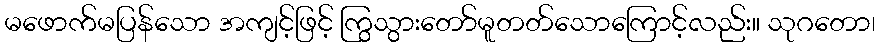
မဖောက်မပြန်သော အကျင့်ဖြင့် ကြွသွားတော်မူတတ်သောကြောင့်လည်း။ သုဂတော၊